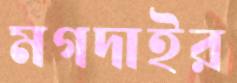
মগদাইর